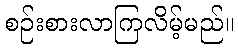
စဉ်းစားလာကြလိမ့်မည်။